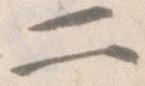
二